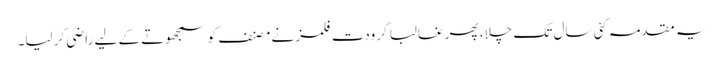
یہ مقدمہ کئی سال تک چلا، پھر غالبا گرودت فلمز نے مصنف کو سمجھوتے کے لیے راضی کر لیا۔